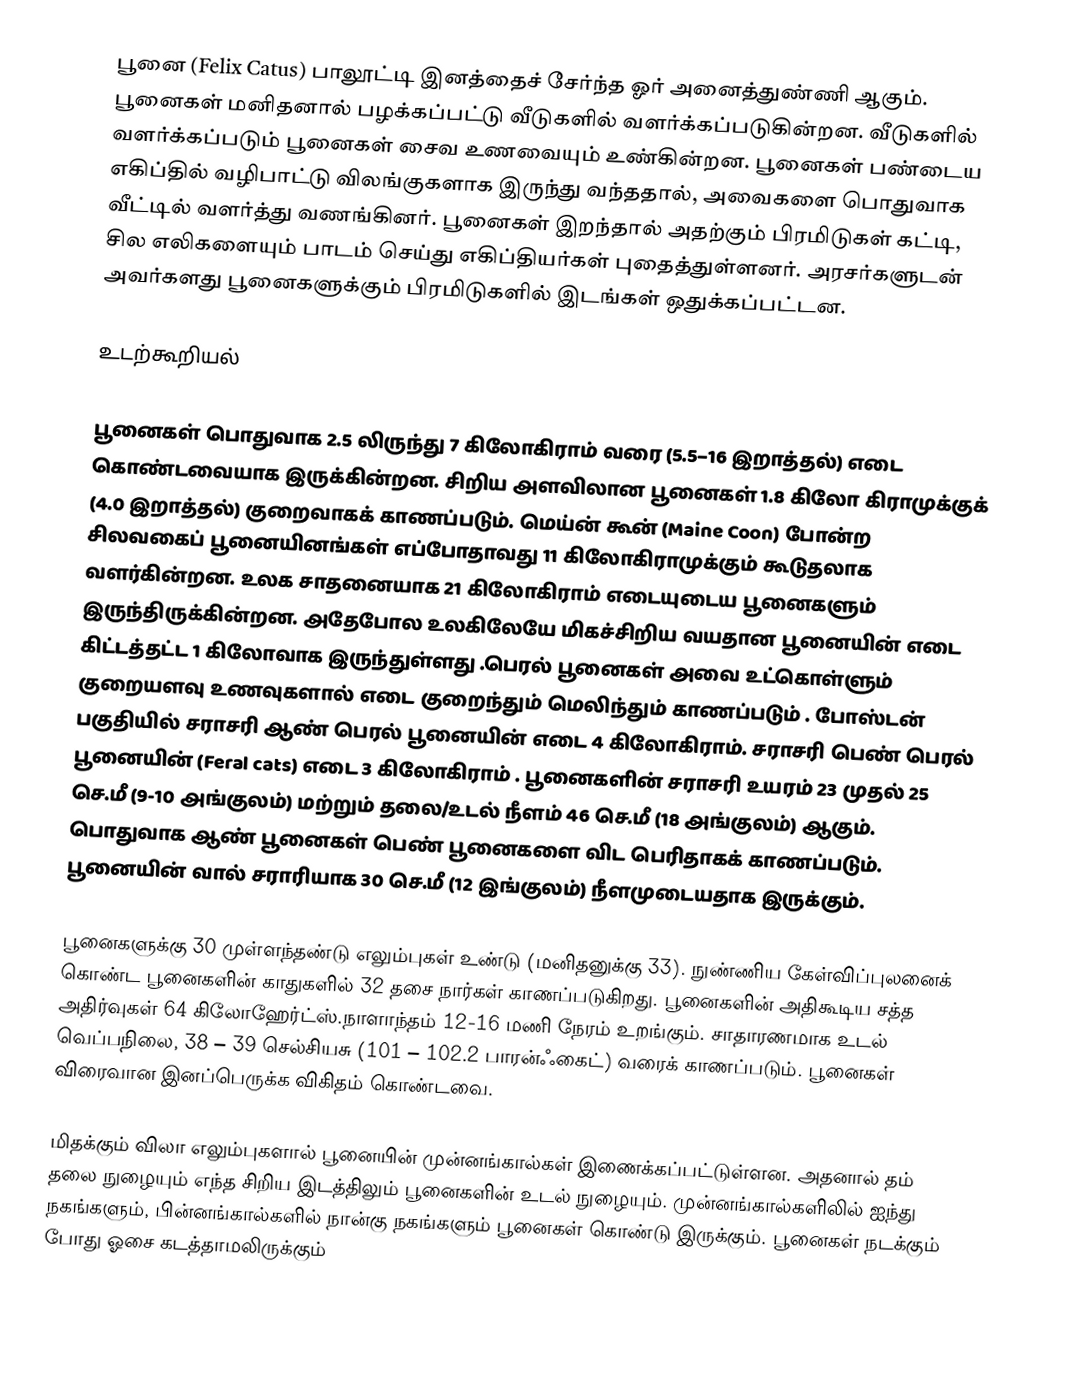
பூனை (Felix Catus) பாலூட்டி இனத்தைச் சேர்ந்த ஓர் அனைத்துண்ணி ஆகும். பூனைகள் மனிதனால் பழக்கப்பட்டு வீடுகளில் வளர்க்கப்படுகின்றன. வீடுகளில் வளர்க்கப்படும் பூனைகள் சைவ உணவையும் உண்கின்றன. பூனைகள் பண்டைய எகிப்தில் வழிபாட்டு விலங்குகளாக இருந்து வந்ததால், அவைகளை பொதுவாக வீட்டில் வளர்த்து வணங்கினர். பூனைகள் இறந்தால் அதற்கும் பிரமிடுகள் கட்டி, சில எலிகளையும் பாடம் செய்து எகிப்தியர்கள் புதைத்துள்ளனர். அரசர்களுடன் அவர்களது பூனைகளுக்கும் பிரமிடுகளில் இடங்கள் ஒதுக்கப்பட்டன.

உடற்கூறியல்

பூனைகள் பொதுவாக 2.5 லிருந்து 7 கிலோகிராம் வரை (5.5–16 இறாத்தல்) எடை கொண்டவையாக இருக்கின்றன. சிறிய அளவிலான பூனைகள் 1.8 கிலோ கிராமுக்குக் (4.0 இறாத்தல்) குறைவாகக் காணப்படும். மெய்ன் கூன் (Maine Coon) போன்ற சிலவகைப் பூனையினங்கள் எப்போதாவது 11 கிலோகிராமுக்கும் கூடுதலாக வளர்கின்றன. உலக சாதனையாக 21 கிலோகிராம் எடையுடைய பூனைகளும் இருந்திருக்கின்றன. அதேபோல உலகிலேயே மிகச்சிறிய வயதான பூனையின் எடை கிட்டத்தட்ட 1 கிலோவாக இருந்துள்ளது .பெரல் பூனைகள் அவை உட்கொள்ளும் குறையளவு உணவுகளால் எடை குறைந்தும் மெலிந்தும் காணப்படும்  . போஸ்டன் பகுதியில் சராசரி ஆண் பெரல் பூனையின் எடை 4 கிலோகிராம். சராசரி பெண் பெரல் பூனையின் (Feral cats) எடை 3 கிலோகிராம்  . பூனைகளின் சராசரி உயரம் 23 முதல் 25 செ.மீ (9-10 அங்குலம்) மற்றும் தலை/உடல் நீளம் 46 செ.மீ (18 அங்குலம்) ஆகும். பொதுவாக ஆண் பூனைகள் பெண் பூனைகளை விட பெரிதாகக் காணப்படும். பூனையின் வால் சராரியாக 30 செ.மீ (12 இங்குலம்) நீளமுடையதாக இருக்கும்.

பூனைகளுக்கு 30 முள்ளந்தண்டு எலும்புகள் உண்டு (மனிதனுக்கு 33). நுண்ணிய கேள்விப்புலனைக் கொண்ட பூனைகளின் காதுகளில் 32 தசை நார்கள் காணப்படுகிறது. பூனைகளின் அதிகூடிய சத்த அதிர்வுகள் 64 கிலோஹேர்ட்ஸ்.நாளாந்தம் 12-16 மணி நேரம் உறங்கும். சாதாரணமாக உடல் வெப்பநிலை, 38 – 39 செல்சியசு (101 – 102.2 பாரன்ஃகைட்) வரைக் காணப்படும். பூனைகள் விரைவான இனப்பெருக்க விகிதம் கொண்டவை.

மிதக்கும் விலா எலும்புகளால் பூனையின் முன்னங்கால்கள் இணைக்கப்பட்டுள்ளன. அதனால் தம் தலை நுழையும் எந்த சிறிய இடத்திலும் பூனைகளின் உடல் நுழையும். முன்னங்கால்களிலில் ஐந்து நகங்களும், பின்னங்கால்களில் நான்கு நகங்களும் பூனைகள் கொண்டு இருக்கும். பூனைகள் நடக்கும் போது ஓசை கடத்தாமலிருக்கும்